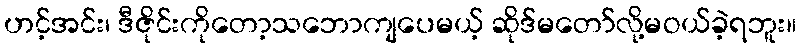
ဟင့်အင်း၊ ဒီဇိုင်းကိုတော့သဘောကျပေမယ့် ဆိုဒ်မတော်လို့မဝယ်ခဲ့ရဘူး။